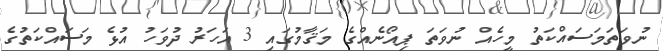
ނުވަތަމަސައްކަތު މީހެއް ނުވަތަ ޕިއޯނެއްގެ މަޤާމުގައި 3 އަހަރު ދުވަހު އުޅެ މަސައްކަތުގެ